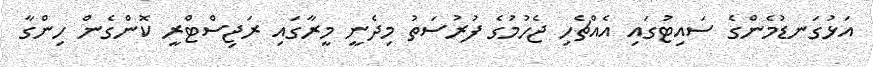
އަޅުގަނޑުމެންގެ ސައިޓުގައި އެއްޗެހި ޖެހުމުގެ ފުރުސަތު މިދެނީ މީރާގައި ރަޖިސްޓްރީ ކޮންގެން ހިންގާ